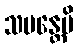
သမန္တေမိ